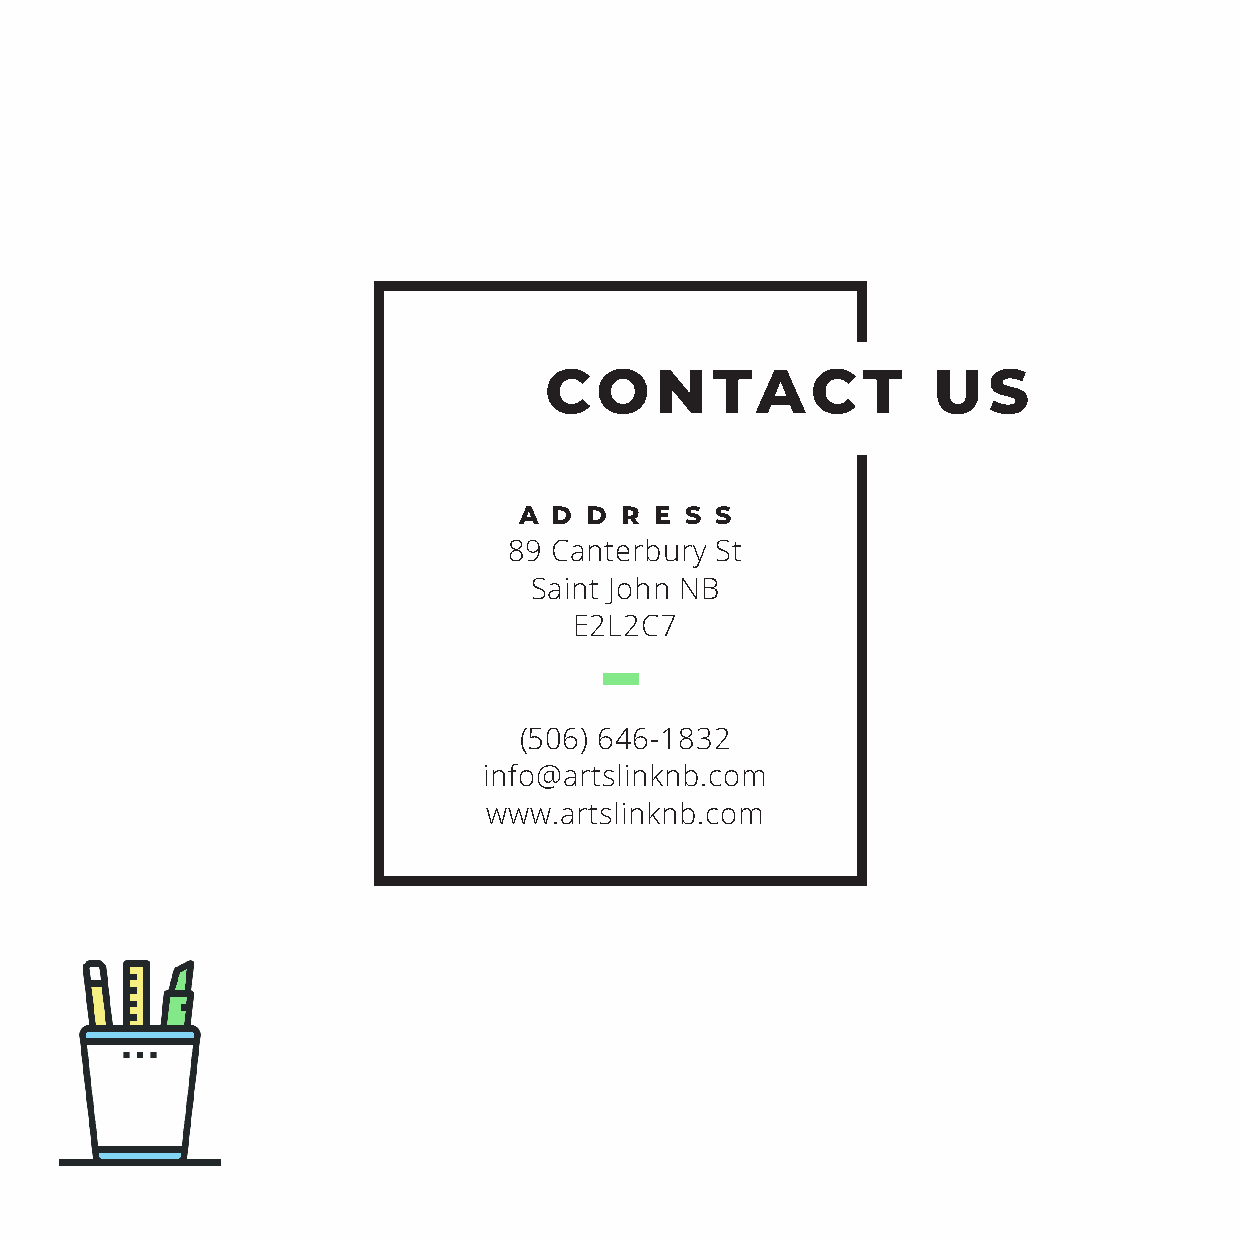
CONTACT                   US
 A  D D R E S S
 89 Canterbury St
 Saint John NB
 E2L2C7
 (506) 646-1832
 info@artslinknb.com
 www.artslinknb.com